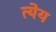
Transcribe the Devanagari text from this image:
त्येय